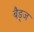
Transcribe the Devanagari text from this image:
बैड्ज